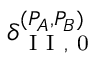
\delta _ { \mathrm { ~ I ~ I ~ , ~ 0 ~ } } ^ { ( P _ { A } , P _ { B } ) }